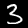
Digit: 3